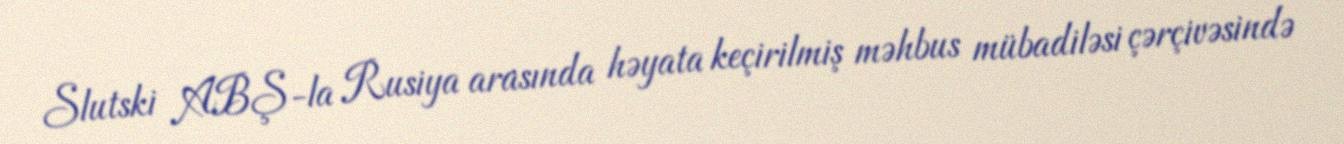
Slutski ABŞ-la Rusiya arasında həyata keçirilmiş məhbus mübadiləsi çərçivəsində